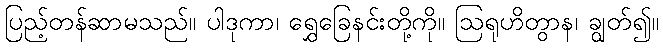
ပြည့်တန်ဆာမသည်။ ပါဒုကာ၊ ရွှေခြေနင်းတို့ကို။ ဩရုဟိတွာန၊ ချွတ်၍။